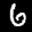
Label: 6